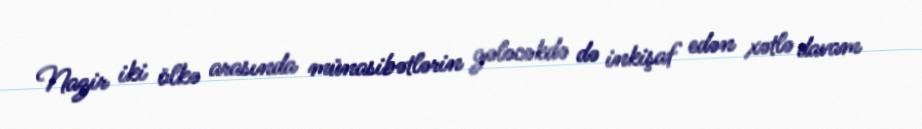
Nazir iki ölkə arasında münasibətlərin gələcəkdə də inkişaf edən xətlə davam